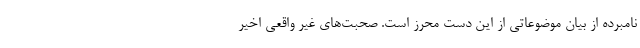
نامبرده از بیان موضوعاتی از این دست محرز است. صحبت‌های غیر واقعی اخیر